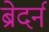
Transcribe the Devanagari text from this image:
ब्रेदर्न